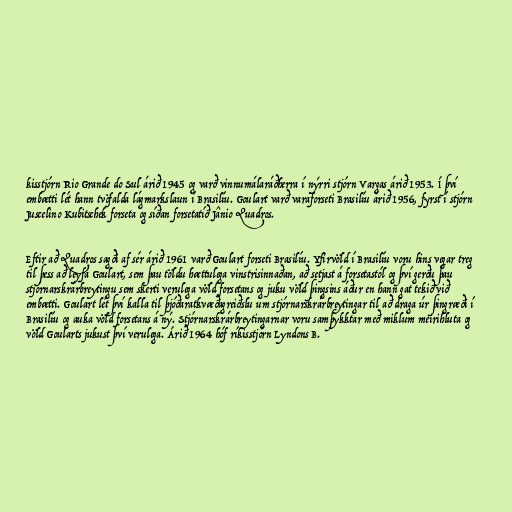
kisstjórn Rio Grande do Sul árið 1945 og varð vinnumálaráðherra í nýrri stjórn Vargas árið 1953. Í því
embætti lét hann tvöfalda lágmarkslaun í Brasilíu. Goulart varð varaforseti Brasilíu árið 1956, fyrst í stjórn
Juscelino Kubitschek forseta og síðan forsetatíð Jânio Quadros.

Eftir að Quadros sagði af sér árið 1961 varð Goulart forseti Brasilíu. Yfirvöld í Brasilíu voru hins vegar treg
til þess að leyfa Goulart, sem þau töldu hættulega vinstrisinnaðan, að setjast á forsetastól og því gerðu þau
stjórnarskrárbreytingu sem skerti verulega völd forsetans og juku völd þingsins áður en hann gat tekið við
embætti. Goulart lét því kalla til þjóðaratkvæðagreiðslu um stjórnarskrárbreytingar til að draga úr þingræði í
Brasilíu og auka völd forsetans á ný. Stjórnarskrárbreytingarnar voru samþykktar með miklum meirihluta og
völd Goularts jukust því verulega. Árið 1964 hóf ríkisstjórn Lyndons B.